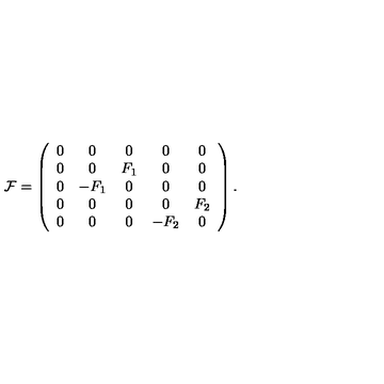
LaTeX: { \cal F } = \left( \begin{array} { c c c c c } { 0 } & { 0 } & { 0 } & { 0 } & { 0 } \\ { 0 } & { 0 } & { F _ { 1 } } & { 0 } & { 0 } \\ { 0 } & { - F _ { 1 } } & { 0 } & { 0 } & { 0 } \\ { 0 } & { 0 } & { 0 } & { 0 } & { F _ { 2 } } \\ { 0 } & { 0 } & { 0 } & { - F _ { 2 } } & { 0 } \\ \end{array} \right) .